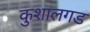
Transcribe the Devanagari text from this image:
कुशालगड